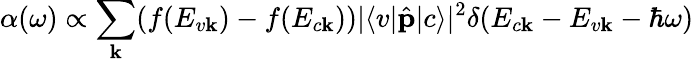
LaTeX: \alpha(\omega)\propto\sum_{\mathbf{k}}(f(E_{v\mathbf{k}})-f(E_{c\mathbf{k}}))|\langle v|\hat{\mathbf{p}}|c\rangle|^{2}\delta({E_{c\mathbf{k}}-E_{v\mathbf{k}}-\hbar\omega})